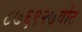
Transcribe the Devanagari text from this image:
८७६९२७वोट